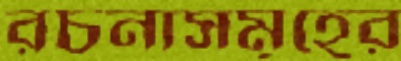
রচনাসমূহের